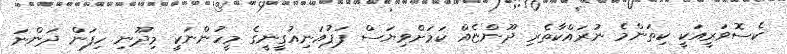
ކެސޮވަރީއަކީ ކިތަންމެ ނުރައްކާތެރި ދޫންޏެއް ކަމަށްވިޔަސް ޕަޕުއަނިއުގީނީގެ މީހުންނަކީ މިދޫނި ހިފަން ދަންނަ